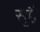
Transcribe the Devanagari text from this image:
सुहै